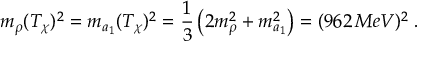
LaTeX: m _ { \rho } ( T _ { \chi } ) ^ { 2 } = m _ { a _ { 1 } } ( T _ { \chi } ) ^ { 2 } = \frac { 1 } { 3 } \left( 2 m _ { \rho } ^ { 2 } + m _ { a _ { 1 } } ^ { 2 } \right) = ( 9 6 2 \, M e V ) ^ { 2 } \; .